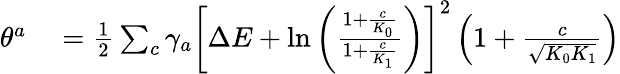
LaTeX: \begin{array}{rl}{\theta^{a}}&{{}=\frac{1}{2}\sum_{c}\gamma_{a}\left[\Delta E+\ln\left(\frac{1+\frac{c}{K_{0}}}{1+\frac{c}{K_{1}}}\right)\right]^{2}\left(1+\frac{c}{\sqrt{K_{0}K_{1}}}\right)}\end{array}